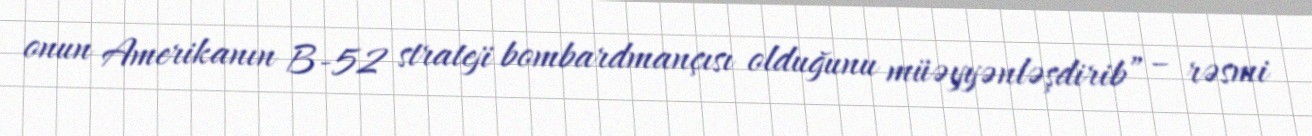
onun Amerikanın B-52 strateji bombardmançısı olduğunu müəyyənləşdirib” – rəsmi